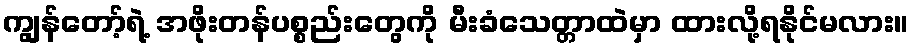
ကျွန်တော့်ရဲ့ အဖိုးတန်ပစ္စည်းတွေကို မီးခံသေတ္တာထဲမှာ ထားလို့ရနိုင်မလား။